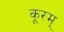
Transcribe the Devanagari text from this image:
कूरम्